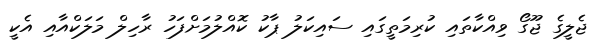
ޖެލީގެ ޖޫގޯ ވިއްކާތައި ކުރިމަތީގައި ސައިކަލު ޕާކު ކޮއްލުމަށްފަހު ރާހިލް މަލަކްއާއި އެކީ